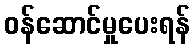
ဝန်ဆောင်မှုပေးရန်